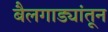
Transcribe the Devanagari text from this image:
बैलगाड्यांतून